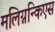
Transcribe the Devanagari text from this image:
मलिग्नन्किएस